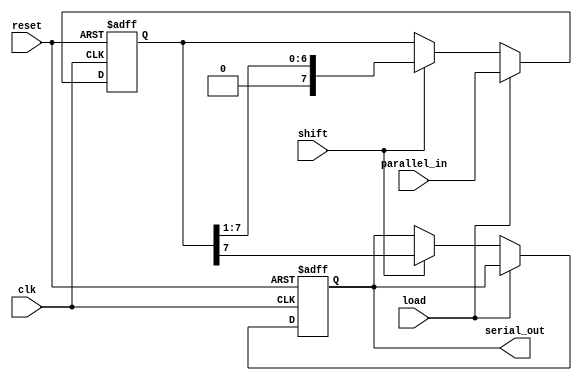
module PISO_Register #(
    parameter N = 8  // Configurable width of the register
)(
    input wire [N-1:0] parallel_in,  // Parallel input data
    input wire load,                  // Load control signal
    input wire shift,                 // Shift control signal
    input wire clk,                   // Clock signal
    input wire reset,                 // Asynchronous reset signal
    output reg serial_out             // Serial output
);

    reg [N-1:0] shift_reg;            // Internal shift register

    // Asynchronous reset and loading of data
    always @(posedge clk or posedge reset) begin
        if (reset) begin
            shift_reg <= {N{1'b0}};     // Clear the register
            serial_out <= 1'b0;        // Clear the output
        end else if (load) begin
            shift_reg <= parallel_in;   // Load parallel data
        end else if (shift) begin
            serial_out <= shift_reg[N-1]; // Output the MSB
            shift_reg <= {1'b0, shift_reg[N-1:1]}; // Shift right
        end
    end

endmodule